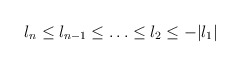
\begin{align*}l_n\le l_{n-1}\le \ldots \le l_2\le -|l_1| \end{align*}